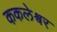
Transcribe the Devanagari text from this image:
ककलेश्वर